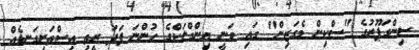
ސިންގަޕޫރުގެ "ސްކިން މެގަޒިން" ގައި ވަނީ ޔިންގްލަކްގެ ހުންނަ ފަދަ ރީތި އިސްތަށިގަނޑެއް